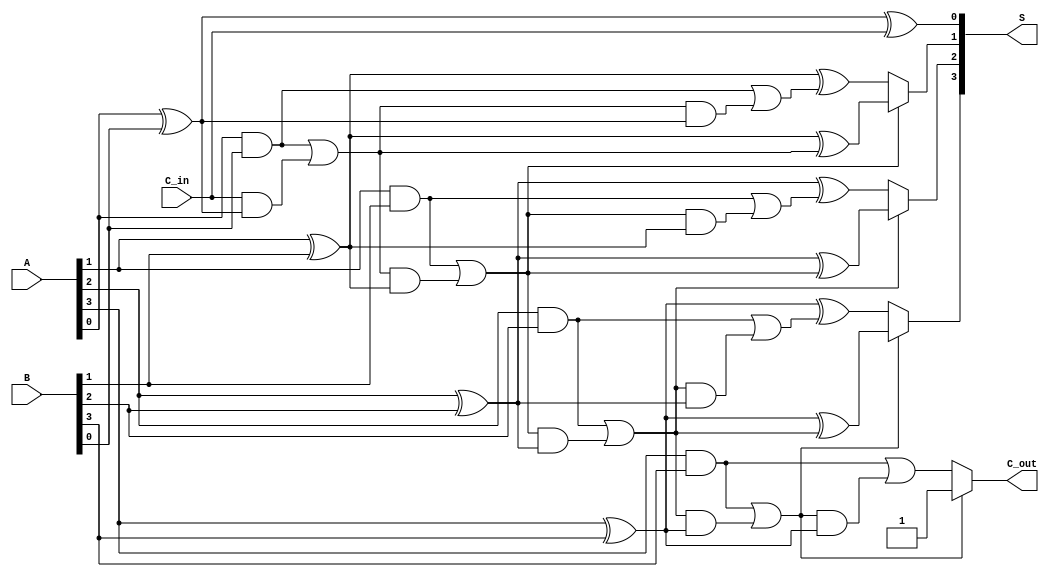
module conditional_sum_adder #(parameter n = 4) (
    input [n-1:0] A,        // First n-bit input
    input [n-1:0] B,        // Second n-bit input
    input C_in,             // Initial carry input
    output [n-1:0] S,       // Sum output
    output C_out            // Final carry output
);

    wire [n-1:0] S0, S1;    // Partial sums
    wire [n-1:0] C0, C1;     // Carry outputs
    wire [n-1:0] C_temp;     // Temporary carry for multiplexing

    // Generate partial sums and carries
    genvar i;
    generate
        for (i = 0; i < n; i = i + 1) begin : CSA
            // Calculate partial sums
            assign S0[i] = A[i] ^ B[i] ^ (i == 0 ? C_in : C0[i-1]);
            assign S1[i] = A[i] ^ B[i] ^ (i == 0 ? C_in : C1[i-1]);

            // Calculate carry outputs
            assign C0[i] = (A[i] & B[i]) | ((i == 0 ? C_in : C0[i-1]) & (A[i] ^ B[i]));
            assign C1[i] = (A[i] & B[i]) | (C0[i] & (A[i] ^ B[i]));
        end
    endgenerate

    // Select the appropriate sum based on carry
    generate
        for (i = 0; i < n; i = i + 1) begin : SUM_SELECTION
            assign S[i] = C0[i] ? S0[i] : S1[i];
        end
    endgenerate

    // Final carry output
    assign C_out = C0[n-1] ? C0[n-1] : C1[n-1];

endmodule